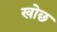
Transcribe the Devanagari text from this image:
खोछ